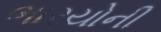
ભારયોની